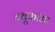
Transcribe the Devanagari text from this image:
न्यूफाउंड